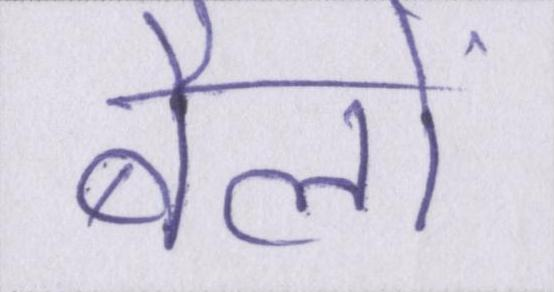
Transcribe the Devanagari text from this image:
बैलों